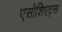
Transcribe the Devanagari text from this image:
एसोशिएट्स